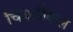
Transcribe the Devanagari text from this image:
चित्रकौशल